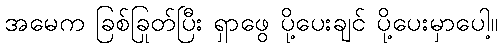
အမေက ခြစ်ခြုတ်ပြီး ရှာဖွေ ပို့ပေးချင် ပို့ပေးမှာပေါ့။